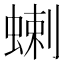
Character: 蝲